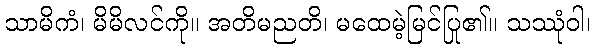
သာမိကံ၊ မိမိလင်ကို။ အတိမညတိ၊ မထေမဲ့မြင်ပြု၏။ သဿုံဝါ၊